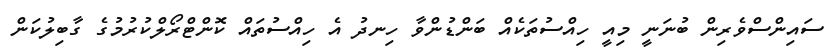
ސައިންސްވެރިން ބުނަނީ މިއީ ހިއްސުތަކެއް ބަންޑުންވާ ހިނދު އެ ހިއްސުތައް ކޮންޓްރޯލްކުރުމުގެ ގާބިލުކަން